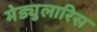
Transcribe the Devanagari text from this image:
मेड्युलारिस